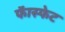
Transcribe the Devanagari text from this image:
फॅास्फेट